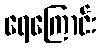
ရေကြောင်း